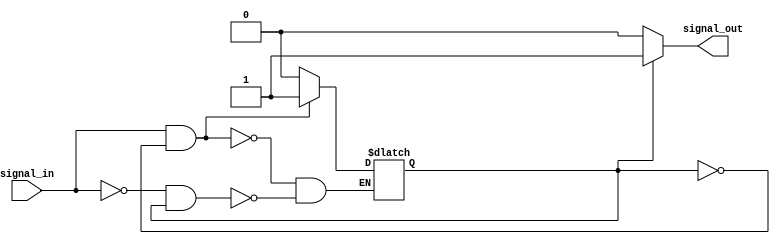
module schmitt_trigger (
    input signal_in,
    output reg signal_out
);

reg buffer_out;

always @ (signal_in)
begin
    if (signal_in && !buffer_out)
        buffer_out <= 1;
    else if (!signal_in && buffer_out)
        buffer_out <= 0;
end

always @ (buffer_out)
begin
    if (buffer_out)
        signal_out <= 1;
    else
        signal_out <= 0;
end

endmodule